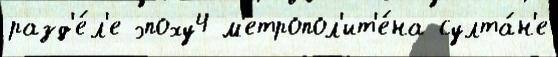
разд'е́л'е эпоху4 м'етропол'ит'е́на султа́н'е